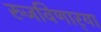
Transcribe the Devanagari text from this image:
रुजविणार्‍या